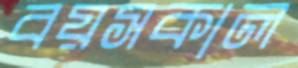
বয়সকাল